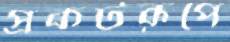
প্রকটরূপে